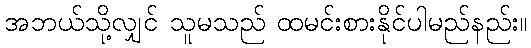
အဘယ်သို့လျှင် သူမသည် ထမင်းစားနိုင်ပါမည်နည်း။